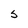
Character: s